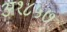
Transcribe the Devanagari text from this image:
अ१८५७